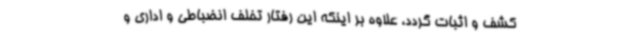
کشف و اثبات گردد، علاوه بر اینکه این رفتار تخلف انضباطی و اداری و